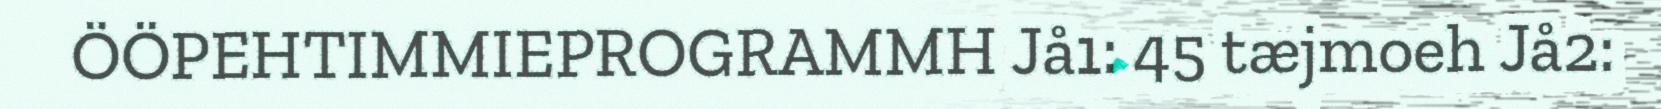
ÖÖPEHTIMMIEPROGRAMMH Jå1: 45 tæjmoeh Jå2: